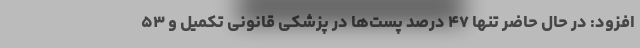
افزود: در حال حاضر تنها ۴۷ درصد پست‌ها در پزشکی قانونی تکمیل و ۵۳